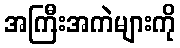
အကြီးအကဲများကို